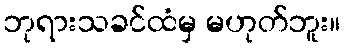
ဘုရားသခင်ထံမှ မဟုတ်ဘူး။